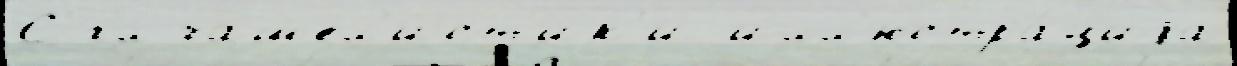
С гл чашел'ист'ик'и илл'юстра́циjа